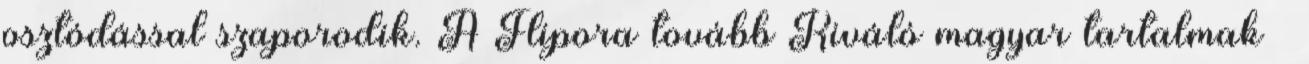
osztódással szaporodik. A Flipora tovább Kiváló magyar tartalmak –